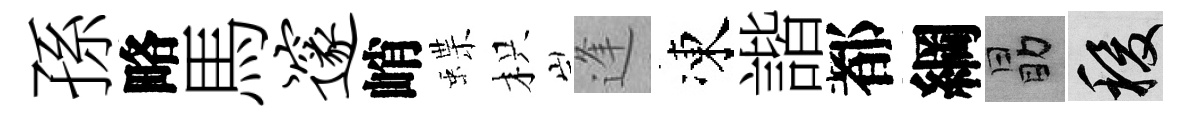
孫略馬邃峭蝶枳逢凍諧都綱勗稷